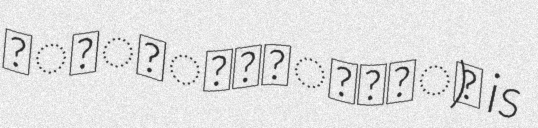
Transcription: स्कंदोपनिषद्) is